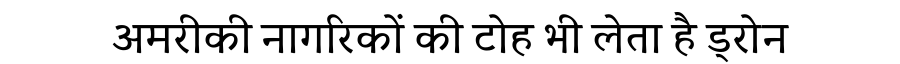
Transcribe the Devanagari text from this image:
अमरीकी नागरिकों की टोह भी लेता है ड्रोन